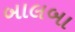
બાલબા